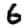
Digit: 6